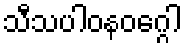
သီသပါဝနဝဂ္ဂေါ